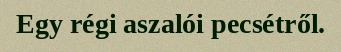
Egy régi aszalói pecsétről.